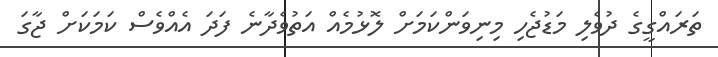
ތަރައްގީގެ ދުވެލި މަޑުޖެހި މިނިވަންކަމަށް ލޮޅުމެއް އަތުވެދާނެ ފަދަ އެއްވެސް ކަމަކަށް ޖާގަ